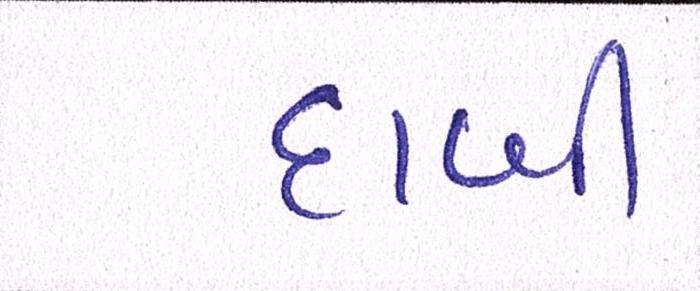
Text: દાબી